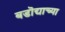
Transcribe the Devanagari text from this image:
बडॊद्याच्या